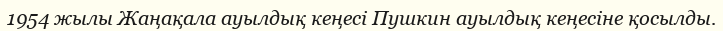
1954 жылы Жаңақала ауылдық кеңесі Пушкин ауылдық кеңесіне қосылды.